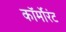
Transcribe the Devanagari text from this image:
कॉर्मोरंट